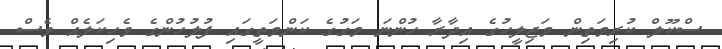
ސްކޫލް ކުރިމަތިން މަޖިލީހުގެ އިދާރާ ހުންނަ މަގުގެ ކަންމަތީގައި ފުލުހުންގެ ވެހިކަލެއް ވެސް